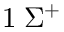
1 \; \Sigma ^ { + }